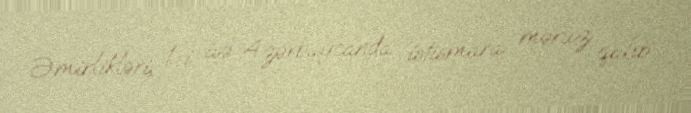
Əmirlikləri, 1-i isə Azərbaycanda istismara məruz qalıb.